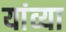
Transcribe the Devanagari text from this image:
यांव्या